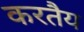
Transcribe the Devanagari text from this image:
करतैय